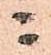
ニ